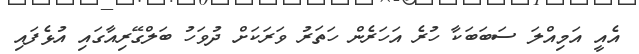
އެއީ އަމިއްލަ ސަބަބަކާ ހުރެ އަހަރެން ހަތަރު ވަރަކަށް ދުވަހު ބަލްގޭރިއާގައި އުޅެފައި